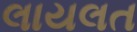
લાયલત